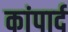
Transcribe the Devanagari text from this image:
कांपार्द